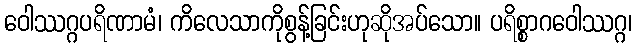
ဝေါဿဂ္ဂပရိဏာမံ၊ ကိလေသာကိုစွန့်ခြင်းဟုဆိုအပ်သော။ ပရိစ္စာဂဝေါဿဂ္ဂ၊